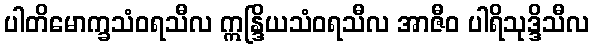
ပါတိမောက္ခသံဝရသီလ ဣန္ဒြိယသံဝရသီလ အာဇီဝ ပါရိသုဒ္ဒိသီလ